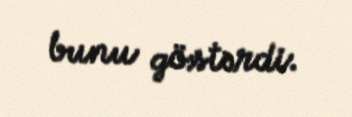
bunu göstərdi.